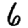
Digit: 6